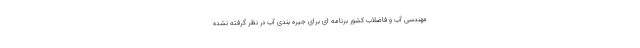
مهندسی آب و فاضلاب کشور برنامه ای برای جیره بندی آب در نظر گرفته نشده